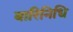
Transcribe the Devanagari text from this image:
बारिनिधि